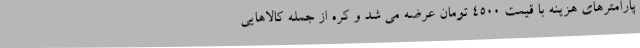
پارامترهای هزینه با قیمت 4500 تومان عرضه می شد و کره از جمله کالاهایی